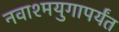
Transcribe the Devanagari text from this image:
नवाश्मयुगापर्यंत